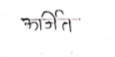
मजकूर: ऊर्जित